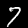
Digit: 7